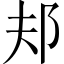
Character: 邞